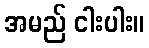
အမည် ငါးပါး။